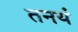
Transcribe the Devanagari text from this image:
तनयं